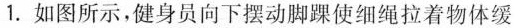
1.如图所示，健身员向下摆动脚踝使细绳拉着物体缓